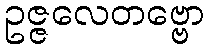
ဥဇ္ဇလေတဗ္ဗော